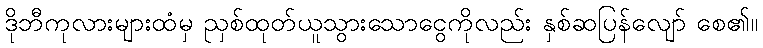
ဒိုဘီကုလားများထံမှ ညှစ်ထုတ်ယူသွားသောငွေကိုလည်း နှစ်ဆပြန်လျော် စေ၏။